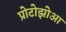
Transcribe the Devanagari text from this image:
प्रोटोझोआ